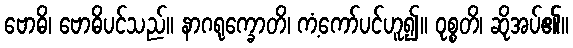
ဗောဓိ၊ ဗောဓိပင်သည်။ နာဂရုက္ခောတိ၊ ကံ့ကော်ပင်ဟူ၍။ ဝုစ္စတိ၊ ဆိုအပ်၏။